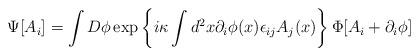
LaTeX: \begin{align*}\Psi[A_i]=\int D\phi\exp\left\{i\kappa\int d^2x \partial_i\phi(x)\epsilon_{ij}A_j(x)\right\}\Phi[A_i+\partial_i\phi]\end{align*}